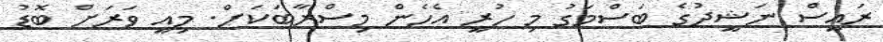
ރައީސް ނަޝީދުގެ ބަސްމަގު މި ހުރީ އެހެން މިސްރާބަކަށް. މިއީ ވަރަށް ބޮޑު